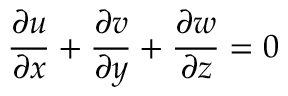
\frac { \partial u } { \partial x } + \frac { \partial v } { \partial y } + \frac { \partial w } { \partial z } = 0